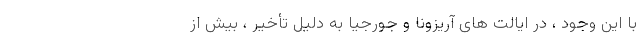
با این وجود ، در ایالت های آریزونا و جورجیا به دلیل تأخیر ، بیش از